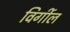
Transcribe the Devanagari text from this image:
विर्गील